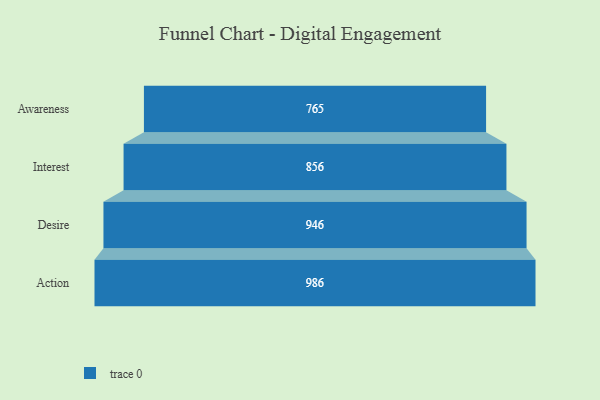
{"axis": {"x": "Stage", "y": "Value"}, "legend": [""], "data": [{"x": "Awareness", "y": 765.0, "type": ""}, {"x": "Interest", "y": 856.0, "type": ""}, {"x": "Desire", "y": 946.0, "type": ""}, {"x": "Action", "y": 986.0, "type": ""}]}